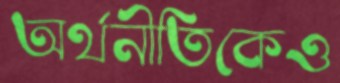
অর্থনীতিকেও